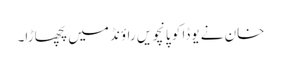
خان نے یوڈا کو پانچویں راؤنڈ میں پچھاڑا۔